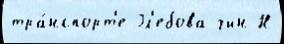
тра́нспорт'е Гл'ебова чин Н